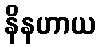
နိနဟာယ